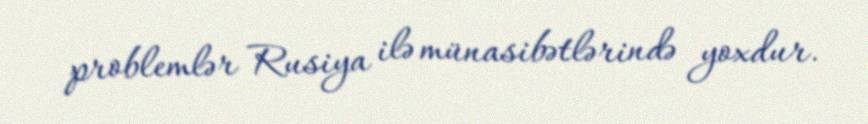
problemlər Rusiya ilə münasibətlərində yoxdur.